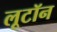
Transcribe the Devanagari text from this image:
लूटॉन